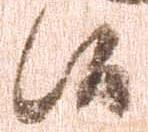
候